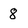
Character: 8